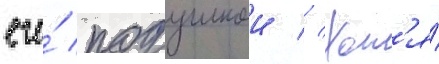
его́ подушкои // Хот'я́